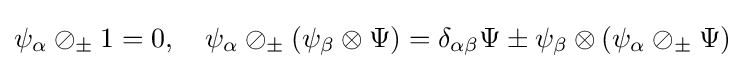
\psi _{\alpha }\oslash _{\pm }1=0,\quad \psi _{\alpha }\oslash _{\pm }(\psi _{\beta }\otimes \Psi )=\delta _{\alpha \beta }\Psi \pm \psi _{\beta }\otimes (\psi _{\alpha }\oslash _{\pm }\Psi )